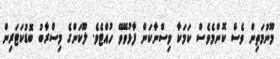
މޫނުމަތިން ވެސް ކޮންމެވެސް ކަމަކާ ވިސްނާކަން ފާޅުވޭވޭ ހުއްޓެވެ. ލޫކަންގެ މިސްރާބު ބޮޑުކަޓަރިން